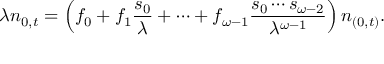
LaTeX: \lambda n _ { 0 , t } = \left( f _ { 0 } + f _ { 1 } { \frac { s _ { 0 } } { \lambda } } + \cdots + f _ { \omega - 1 } { \frac { s _ { 0 } \cdots s _ { \omega - 2 } } { \lambda ^ { \omega - 1 } } } \right) n _ { ( 0 , t ) } .